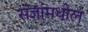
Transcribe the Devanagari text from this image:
संज्ञांमधील